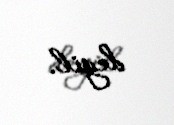
deyil.